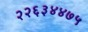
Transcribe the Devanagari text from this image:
२२६३४४७५